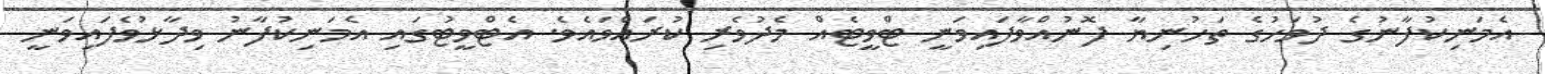
އެމަނިކުފާނުގެ ދުވަހުގެ ތަހުނިޔާ ފޮނުއްވާފައިވަނީ ޓްވީޓެއް މެދުވެރި ކުރައްވައެވެ. އެޓްވީޓުގައި އެމަނިކުފާނު ވިދާޅުވެފައިވަނީ